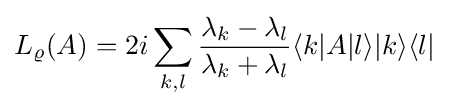
L_{\varrho }(A)=2i\sum _{k,l}{\frac {\lambda _{k}-\lambda _{l}}{\lambda _{k}+\lambda _{l}}}\langle k\vert A\vert l\rangle \vert k\rangle \langle l\vert